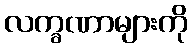
လက္ခဏာများကို